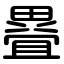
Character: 疂